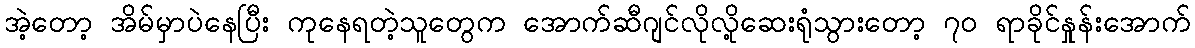
အဲ့တော့ အိမ်မှာပဲနေပြီး ကုနေရတဲ့သူတွေက အောက်ဆီဂျင်လိုလို့ဆေးရုံသွားတော့ ၇၀ ရာခိုင်နှုန်းအောက်